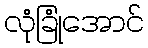
လုံခြုံအောင်